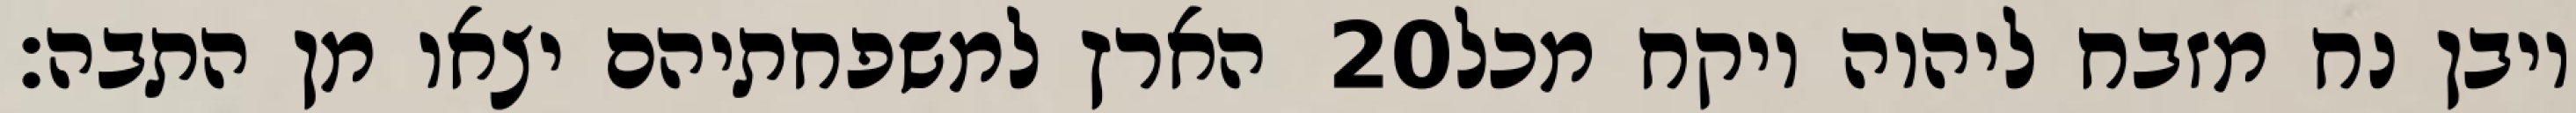
הארץ למשפחתיהם יצאו מן התבה׃ ‎20‏ ויבן נח מזבח ליהוה ויקח מכל